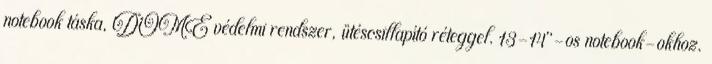
notebook táska, DOME védelmi rendszer, ütéscsillapító réteggel. 13-14"-os notebook-okhoz.